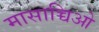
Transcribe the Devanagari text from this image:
मासाच्चिओ